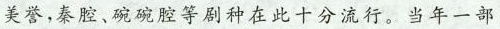
美誉,秦腔、碗碗腔等剧种在此十分流行。当年一部